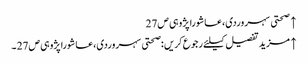
↑ صحتی سہروردی،عاشورا پژوہی ص27
↑ مزید تفصیل کیلئے رجوع کریں :صحتی سہروردی،عاشورا پژوہی ص27 ۔